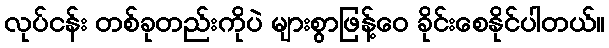
လုပ်ငန်း တစ်ခုတည်းကိုပဲ များစွာဖြန့်ဝေ ခိုင်းစေနိုင်ပါတယ်။